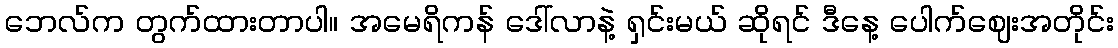
ဘေလ်က တွက်ထားတာပါ။ အမေရိကန် ဒေါ်လာနဲ့ ရှင်းမယ် ဆိုရင် ဒီနေ့ ပေါက်ဈေးအတိုင်း